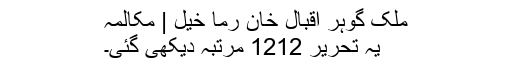
ملک گوہر اقبال خان رما خیل | مکالمہ
یہ تحریر 1212 مرتبہ دیکھی گئی۔